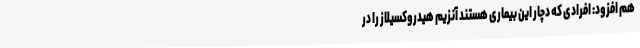
هم افزود: افرادی که دچار این بیماری هستند آنزیم هیدروکسیلاز را در